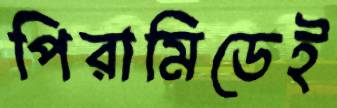
পিরামিডেই